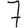
Digit: 7